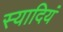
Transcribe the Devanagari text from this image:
स्यादियं